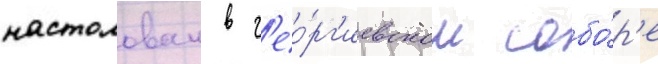
настолован в г'ео́рг'иевском собо́р'е